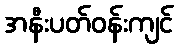
အနီးပတ်ဝန်းကျင်